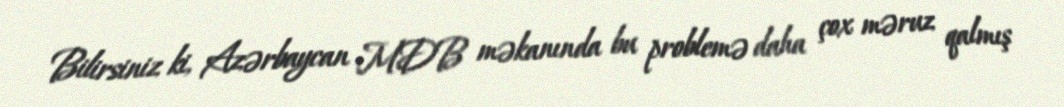
Bilirsiniz ki, Azərbaycan MDB məkanında bu problemə daha çox məruz qalmış